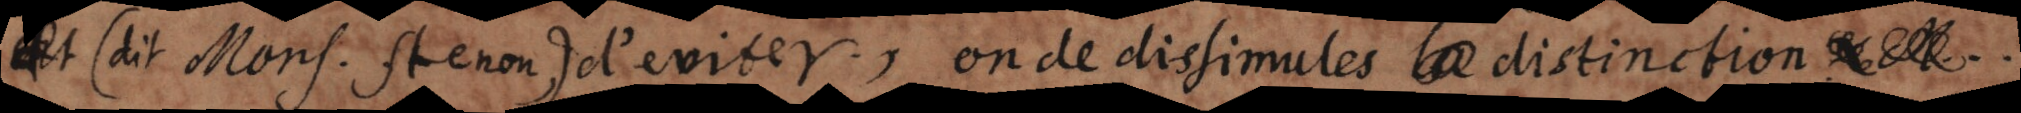
n (dit Mons. Stenon) d’eviter, ou de dissimuler cette distinction,